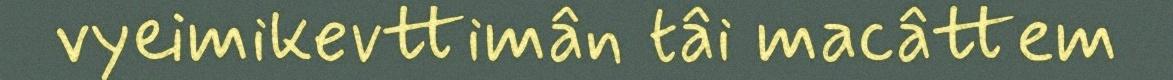
vyeimikevttimân tâi macâttem